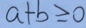
a + b \geqslant 0